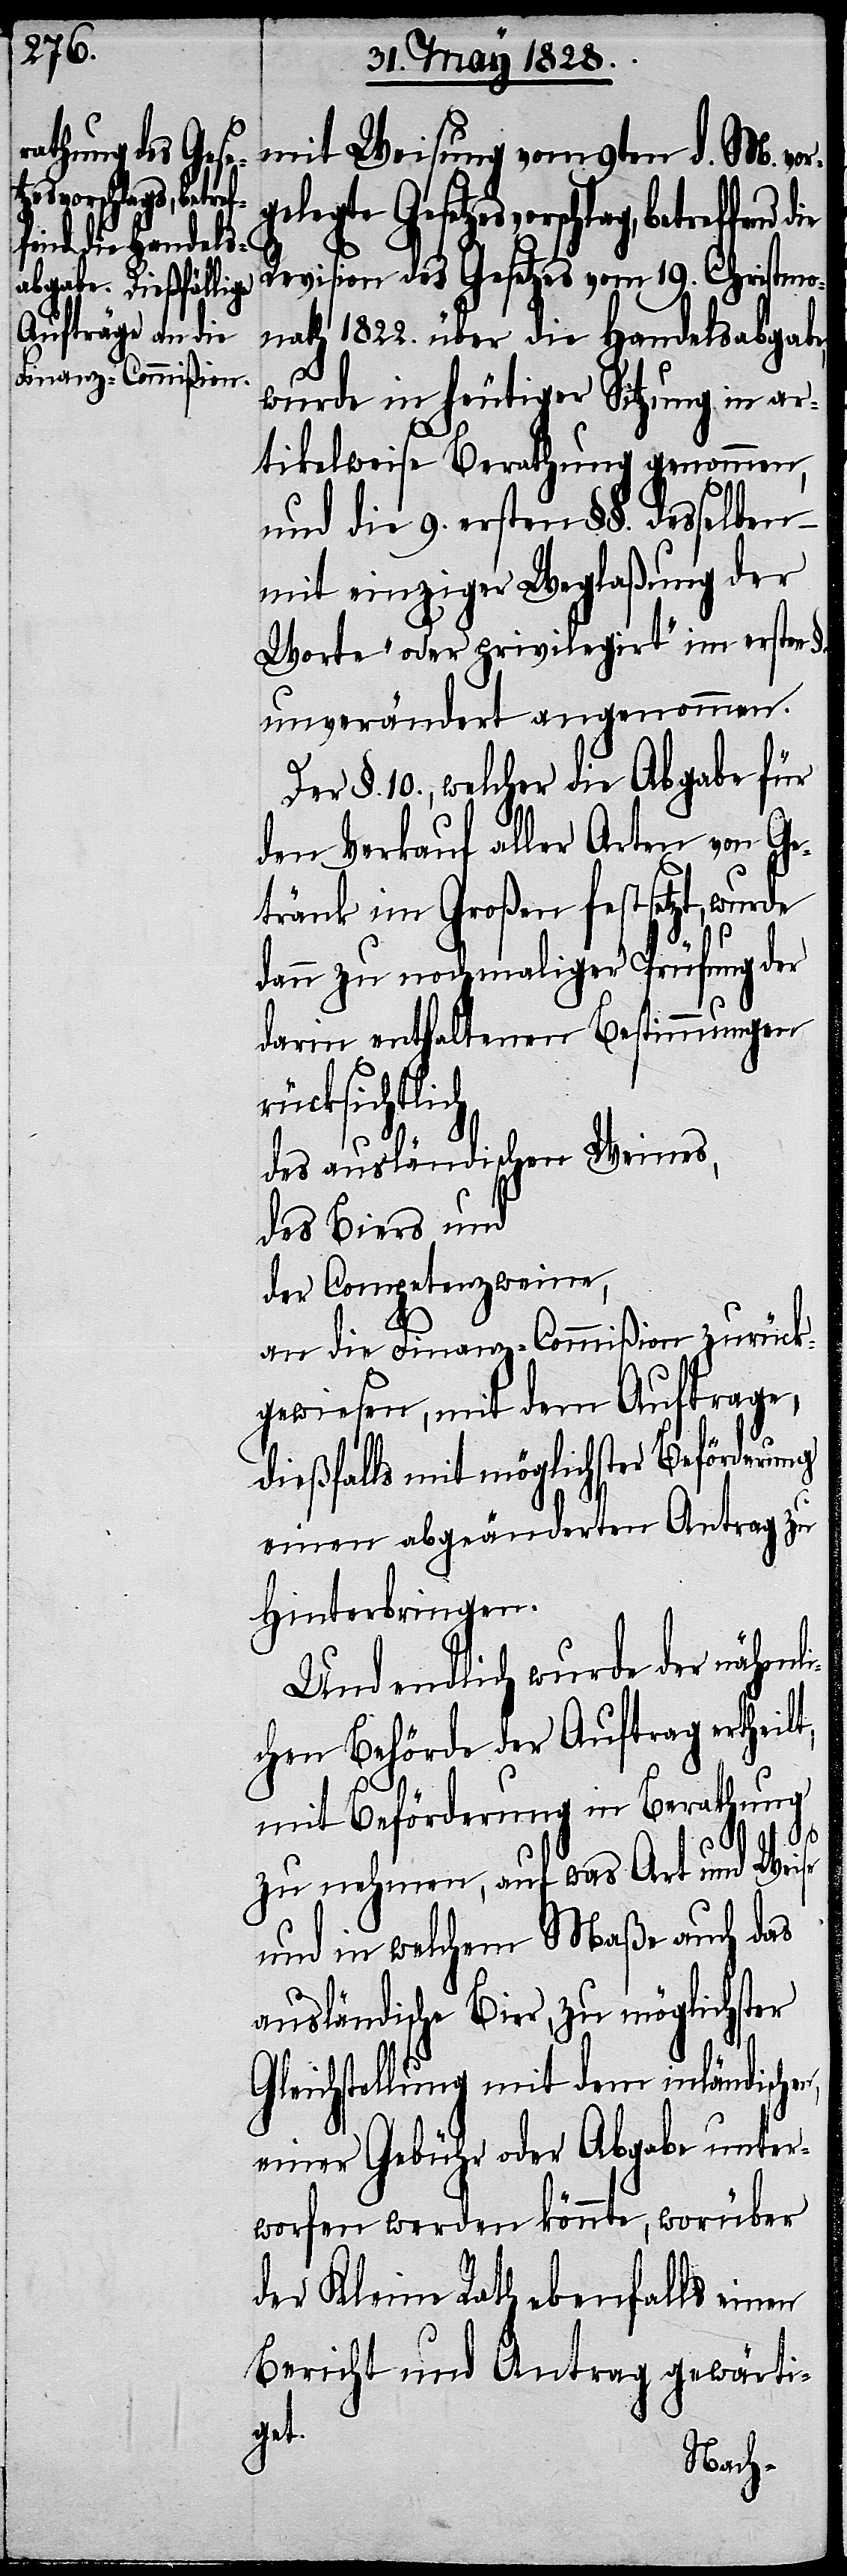
mit Weisung vom 9ten d. M. vor¬
betreffend
Revision des Gesetzes vom 19. Christmo¬
nath 1822. über die Handelsabgab¬
wurde in heutiger Sitzung in ar¬
tikelweise Berathung genommen,
und die 9. ersten §§. desselben
mit einziger Weglaßung der
Worte „oder privilegirt“ im ersten
unverändert angenommen.
Der §. 10., welcher die Abgabe für
den Verkauf aller Arten von Ge¬
tränk im Großen festsetzt, wurde
dann zu nochmaliger Prüfung der
darin enthaltenen Bestimmungen
des ausländischen Weines,
des Biers und
der Competenzweine,
an die Finanz-Commißion zurück¬
gewiesen, mit dem Auftrage,
dießfalls mit möglichster Beförderung
einen abgeänderten Antrag zu
Hinterbringen.
Und endlich wurde der nähml¬
ichen Behörde der Auftrag ertheilt,
mit Beförderung in Berathung
n,
zu nehmen, auf was Art und Weise
und in welchem Maße auch das
ausländische Bier, zu möglichster
Gleichstellung mit dem inländische¬
einer Gebühr oder Abgabe unter¬
worfen werden könnte, worüber
der Kleine Rath ebenfalls einen
Bericht und Antrag gewärti¬
get.